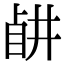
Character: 𥅶